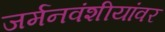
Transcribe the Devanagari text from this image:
जर्मनवंशीयांवर